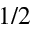
1 / 2